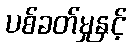
ပစ်ခတ်မှုနှင့်